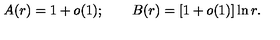
A ( r ) = 1 + o ( 1 ) ; \qquad B ( r ) = [ 1 + o ( 1 ) ] \ln r .